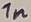
Text: 1n